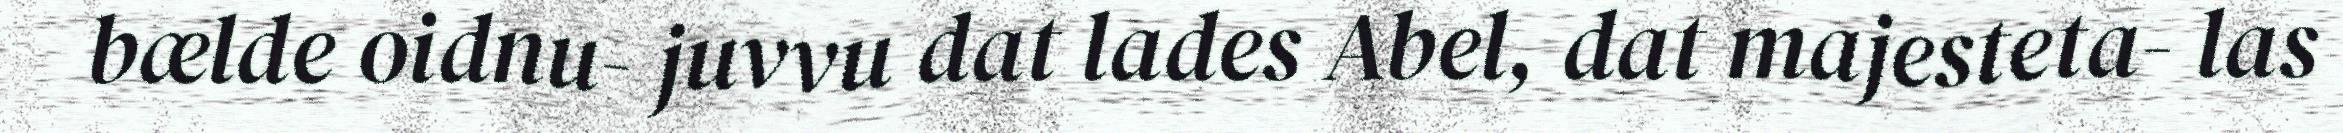
bælde oidnu- juvvu dat lades Abel, dat majesteta- las